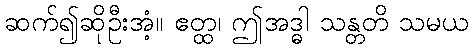
ဆက်၍ဆိုဦးအံ့။ ဧတ္ထ၊ ဤအဒ္ဓါ သန္တတိ သမယ